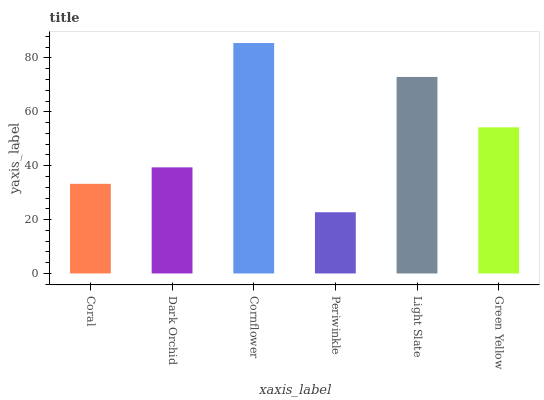
| xaxis_label | bars |
 | --- | --- |
 | Coral | 33.3 |
 | Dark Orchid | 39.4 |
 | Cornflower | 85.6 |
 | Periwinkle | 22.7 |
 | Light Slate | 73 |
 | Green Yellow | 54.3 |